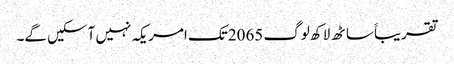
تقریباََ ساٹھ لاکھ لوگ 2065تک امریکہ نہیں آسکیں گے۔